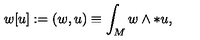
w [ u ] : = ( w , u ) \equiv \int _ { M } w \wedge * u ,